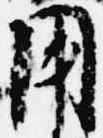
用